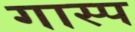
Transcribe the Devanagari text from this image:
गास्प